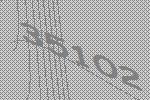
35102